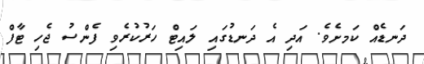
ދަނޑެއް ކަަމށެވެ. އަދި އެ ދަނޑުގައި ލައިޓް ހަރުކުރެވި ފެންސު ޖެހި ޓާފް